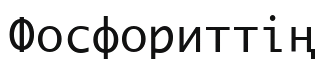
Фосфориттің